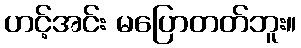
ဟင့်အင်း မပြောတတ်ဘူး။